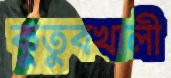
কুতুবখালী